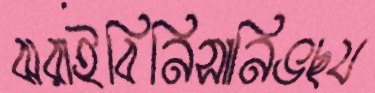
ঝরাইবিনিসানিভছয